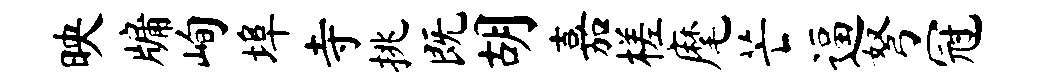
映牖峋埠寺挑既胡嘉槎麾芒逼弩冠